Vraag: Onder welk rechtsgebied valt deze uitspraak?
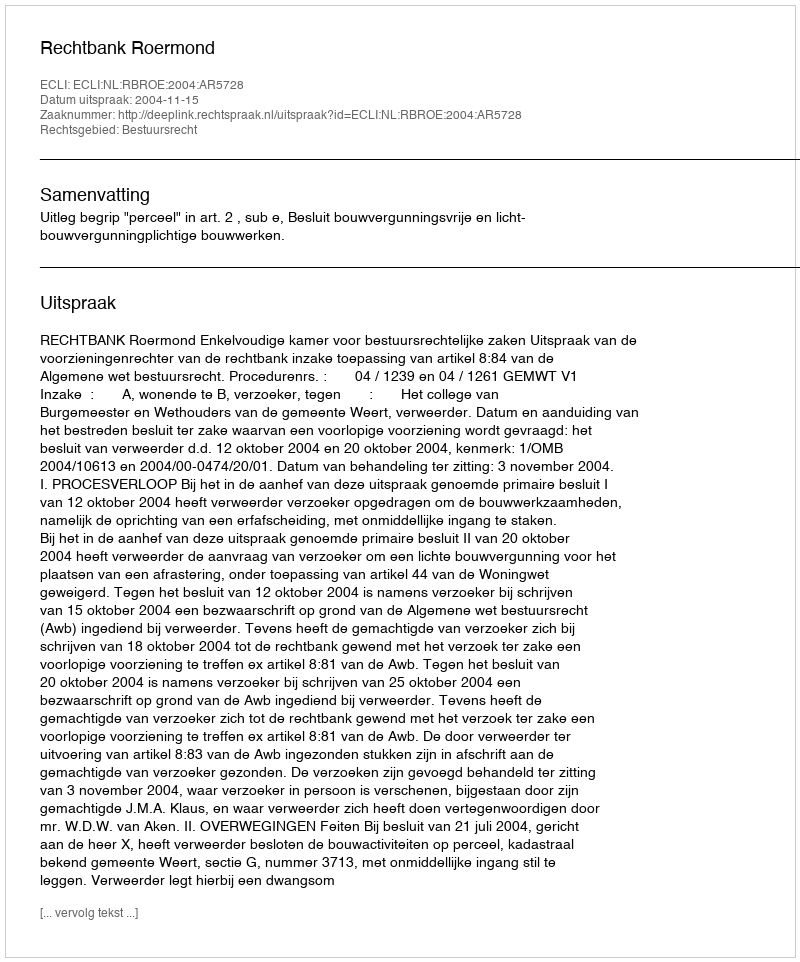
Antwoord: Bestuursrecht